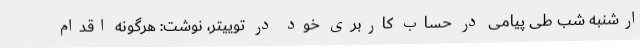
ارشنبه شب طی پیامی در حساب کاربری خود در توییتر، نوشت: هرگونه اقدام